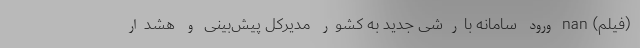
(فیلم) nan ورود سامانه بارشی جدید به کشور مدیرکل ‌پیش‌بینی و هشدار